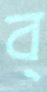
ব্